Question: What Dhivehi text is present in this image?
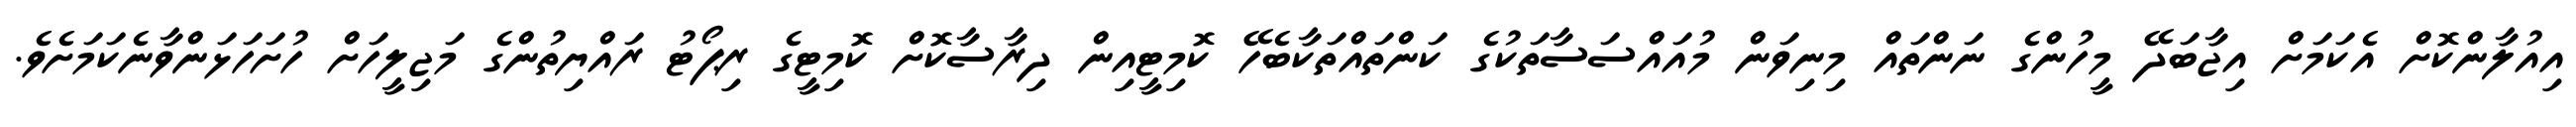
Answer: އިއުލާންކޮށް އެކަމަށް އިޖާބަދޭ މީހުންގެ ނަންތައް މިނިވަން މުއައްސަސާތަކުގެ ކަންތައްތަކާބެހޭ ކޮމިޓީއިން ދިރާސާކޮށް ކޮމިޓީގެ ރިޕޯޓު ރައްޔިތުންގެ މަޖިލީހަށް ހުށަހަޅަންވާނެކަމަށެވެ.